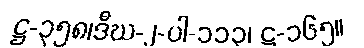
ဋ္ဌ-၃၅၈၊ဒီဃ-၂-ပါ-၁၁၃၊ ဋ္ဌ-၁၆၅။